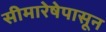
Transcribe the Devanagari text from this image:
सीमारेषेपासून